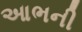
આભની